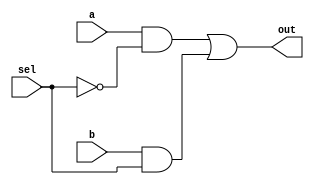
// 2  1  - 
module MUX21_3(out,a,b,sel);
input a,b,sel;
output out;

not (sel_,sel);         // sel_ = ~sel
and (a1,a,sel_), (a2,b,sel);    // a1 = a & sel_,  a2 = b & sel
or (out,a1,a2);         // out = a1 | a2

endmodule